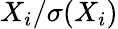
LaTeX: X_{i}/\sigma(X_{i})